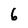
Character: 6